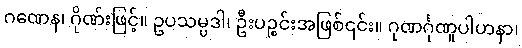
ဂဏေန၊ ဂိုဏ်းဖြင့်။ ဥပသမ္ပဒါ၊ ဦးပဉ္စင်းအဖြစ်၎င်း။ ဂုဏင်္ဂုဏူပါဟနာ၊